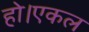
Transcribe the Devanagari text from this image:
हो।एकल